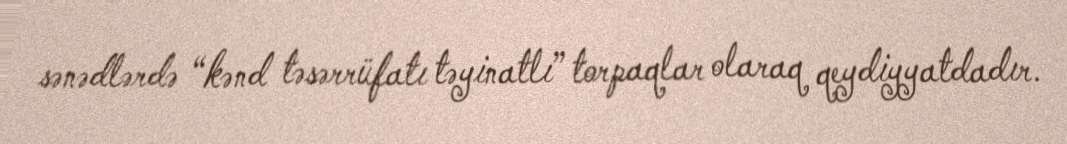
sənədlərdə “kənd təsərrüfatı təyinatlı” torpaqlar olaraq qeydiyyatdadır.